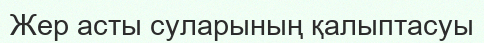
Жер асты суларының қалыптасуы